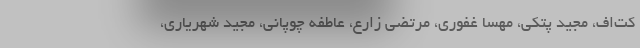
کت‌اف، مجید پتکی، مهسا غفوری، مرتضی زارع، عاطفه چوپانی، مجید شهریاری،